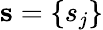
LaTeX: \mathbf{s}=\{ s_{j}\}